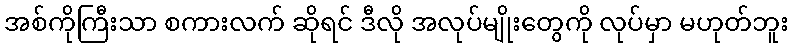
အစ်ကိုကြီးသာ စကားလက် ဆိုရင် ဒီလို အလုပ်မျိုးတွေကို လုပ်မှာ မဟုတ်ဘူး